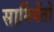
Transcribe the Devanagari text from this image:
सार्मियेंतो